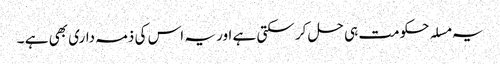
یہ مسلہ حکومت ہی حل کر سکتی ہے اور یہ اس کی ذمہ داری بھی ہے ۔